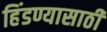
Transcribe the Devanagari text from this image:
हिंडण्यासाठी